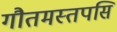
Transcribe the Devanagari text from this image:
गौतमस्तपसि